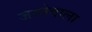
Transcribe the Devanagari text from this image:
जस्तेवाला